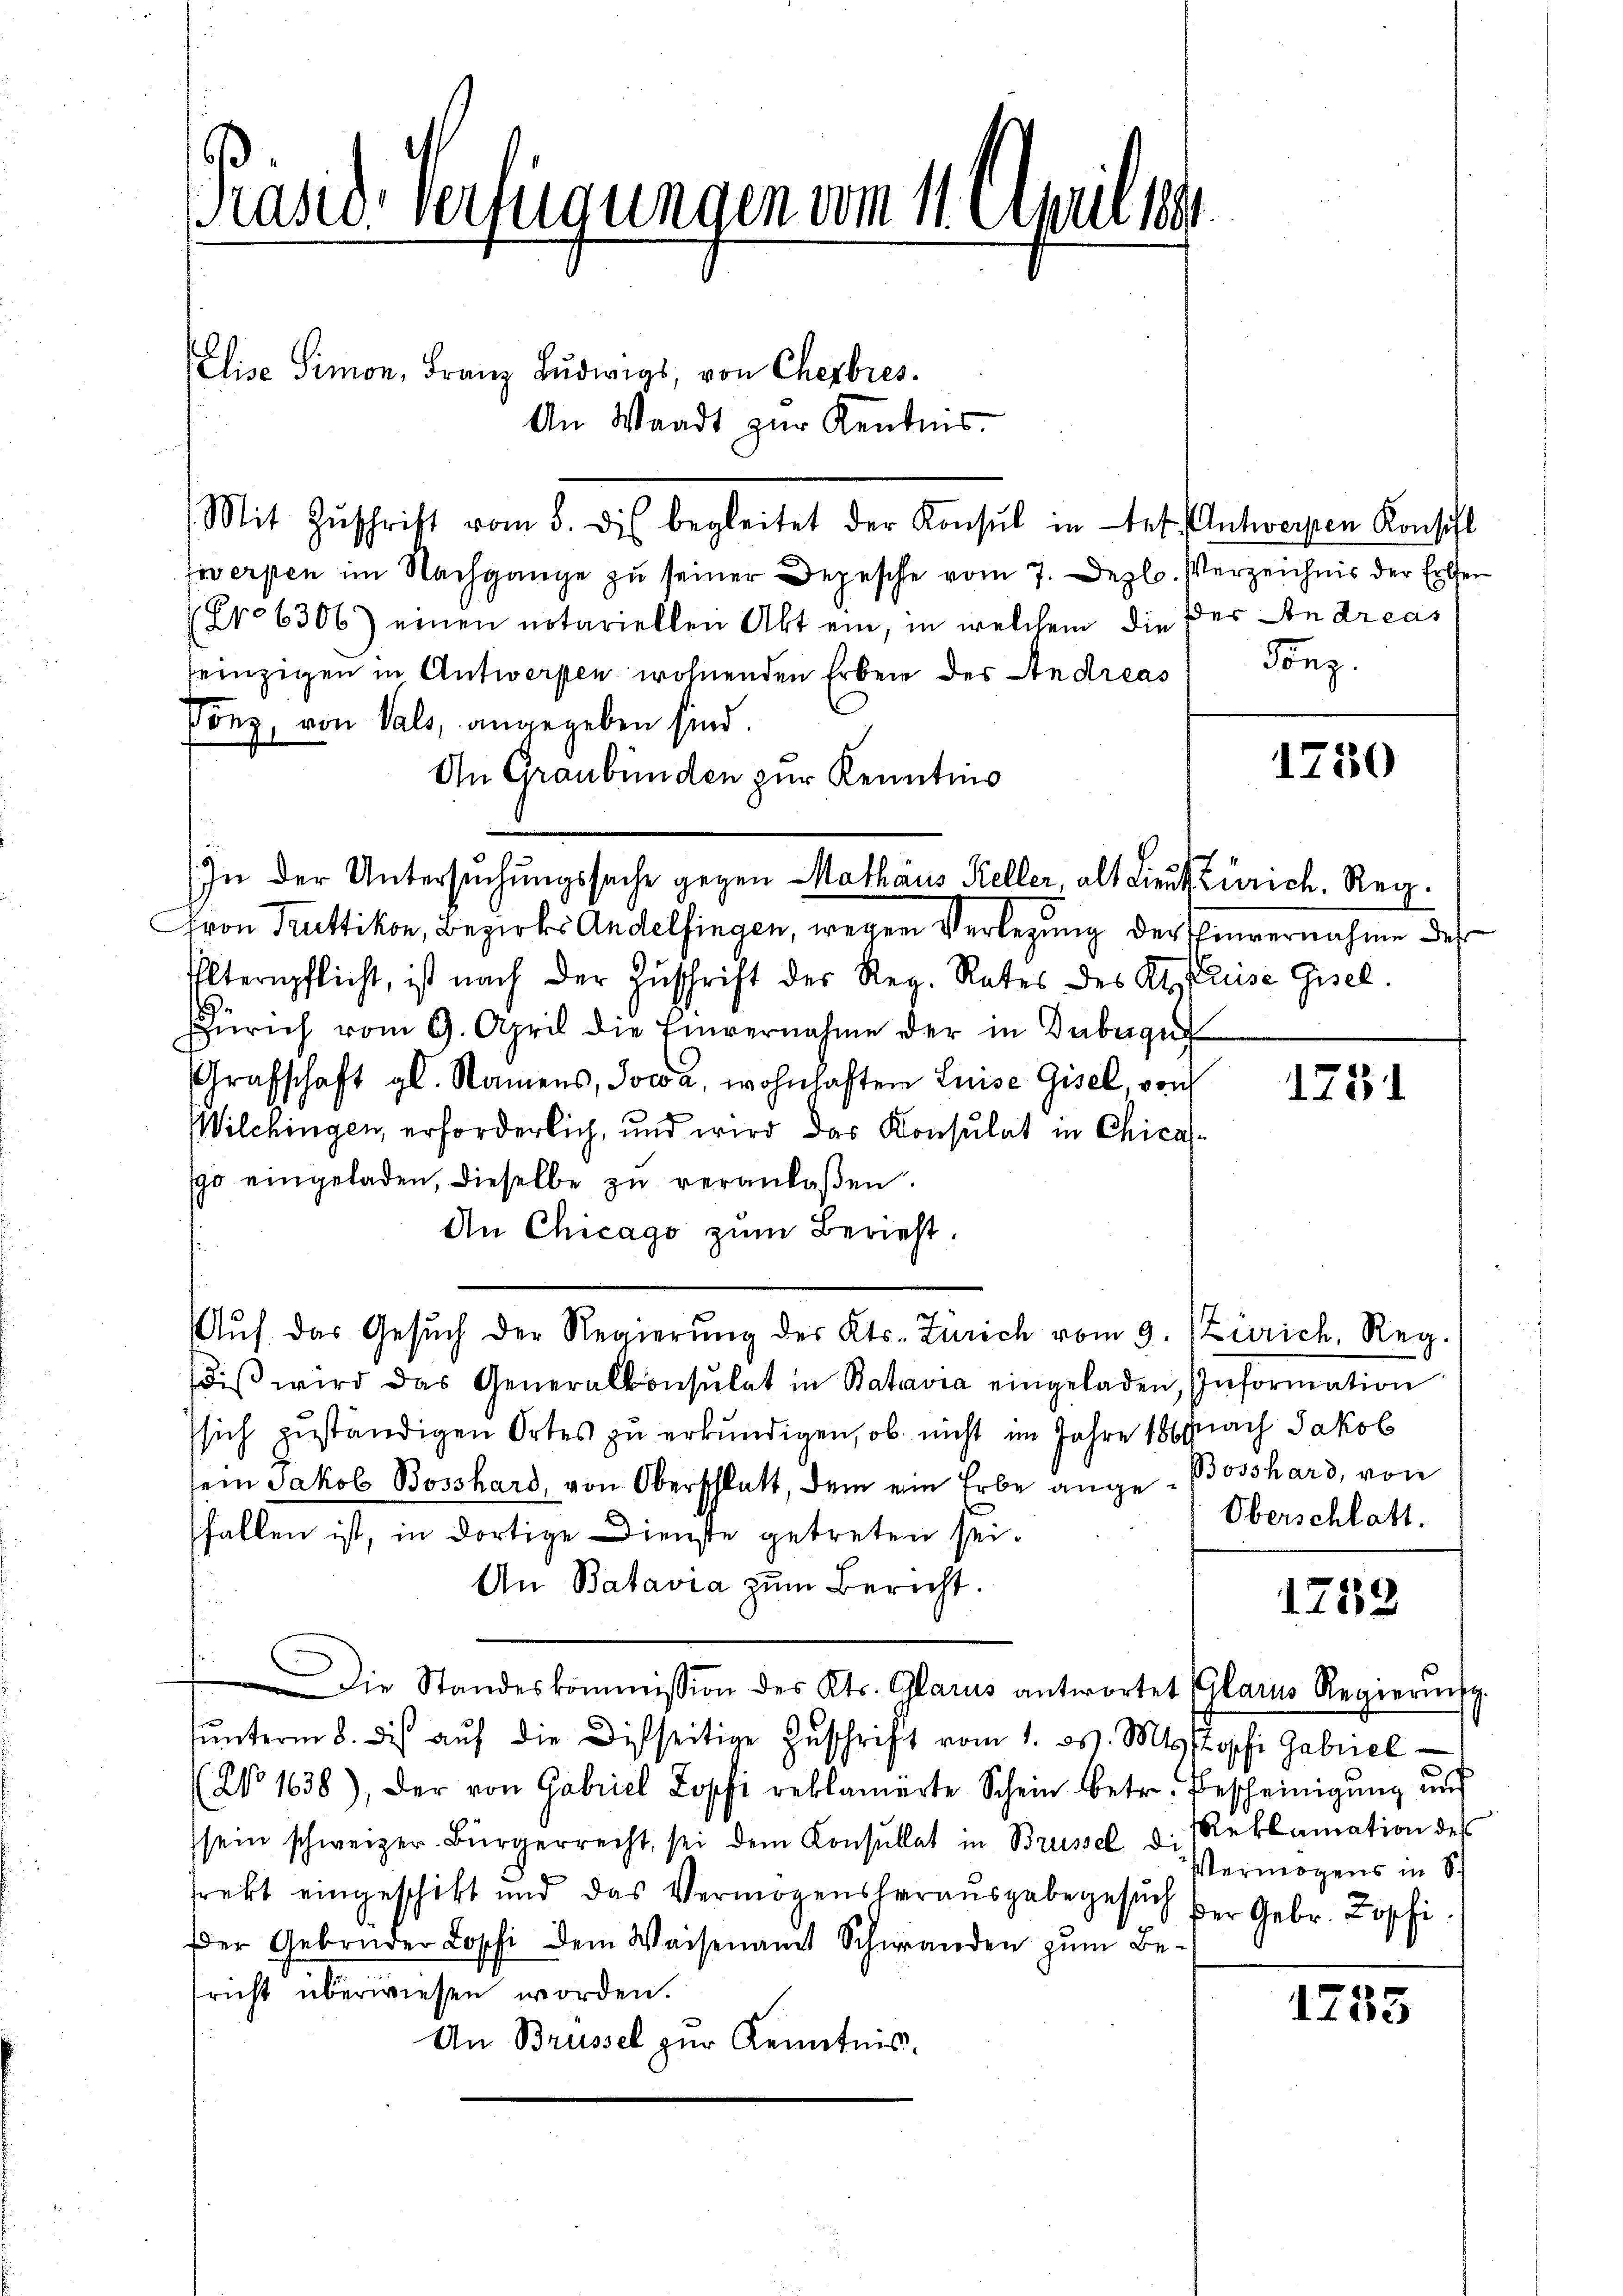
Prand. Verfügungen vom 11. Aprilis

An Waadt zur Kentnis.

Elise Simon, Franz Lŭdwigs, von Cherbres.

Mit Zŭschrift vom 5. dis begleitet der Konsul in tet. Antworten Konsill
werpen im Nachgange zu seiner Depesche vom 7. Dez. Verzeichnis der Erben
Pro 6306) einen notariellen Akt ein, in welchem die der Andreas
seinzigen in Antwerpen wohnenden Erbeit des Andreas
Pönz, von Vals, angegeben sind.
An Graubünden zur Kenntnis
Fron Truttikon, Bezirks Andelfingen, wegen Verlegung der Einvernahme der
Elternpflicht, ist nach der Zuschrift des Reg. Rates des Kt. Preise Gesel
Zürich vom 9. April die Einvernahme der in Zuberge
Grafschaft gl. Namens, Sowa, wohnhaften Luise Gisel, von
Wilchingen, erforderlich, und wird das Konsulat in Chicas
go eingeladen, dieselbe zu veranlaßen.
An Chicago zum Bericht.
Aŭf das Gesŭch der Regierŭng des Kts. Zürich vom 9. Zürich, Reg.
sdiβ wird das Generalkonsulat in Batavia eingeladen, Information
ssich zuständigen Ortes zu erkundigen, ob nicht im Jahre 1869 nach Jakob
sein Jakob Bosshard, von Oberschlatt, dem ein Erbe ange- Bosshard, von
fallen ist, in dortige Dienste getreten sei.
An Batavia zum Bericht.
Die Standeskommission des Kts. Glarus antwortet (Glarus Regierŭng
ŭnterm 8. des aŭf die Disseitige Zŭschrift vom 1. ds. Mts. Sophi Gabriel
(No. 1638), der von Gabriel Zopfi reklamierte Schein betr. Bescheinigung und
sein schweizer-Bürgerrecht, sei dem Konsŭltat in Brüssel u. Reklamation des
frekt eingeschikt und das Vermögensheraŭsgabegesŭch der Gebr. Kopfi
Der Gebrüder Loschi dem Waisenamt Schwanden zŭm Be-
richt überwiesen worden.
An Brüssel zur Kenntnis

In der Untersuchungssache gegen Mathäus Keller, als Lieut. Zürich. Reg¬

Tong.

1750

1231

Oberschlatt.

1758

Vermögens in Sch

1783